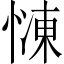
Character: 𢟞